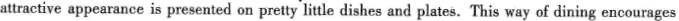
attractive appearance is presented on preity little dishes and plates. This way of dining encourages